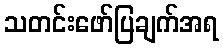
သတင်းဖော်ပြချက်အရ